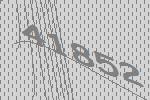
41852